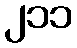
၂၁၁